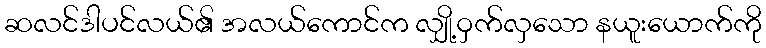
ဆလင်ဒါပင်လယ်၏ အလယ်ကောင်က လျှို့ဝှက်လှသော နယူးယောက်ကို